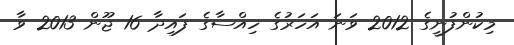
މިކުންފުނީގެ 2012 ވަނަ އަހަރުގެ ހިއްސާގެ ފައިދާ 16 ޖޫން 2013 ވާ